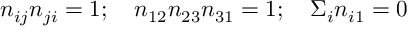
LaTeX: n _ { i j } n _ { j i } = 1 ; \quad n _ { 1 2 } n _ { 2 3 } n _ { 3 1 } = 1 ; \quad \Sigma _ { i } n _ { i 1 } = 0